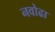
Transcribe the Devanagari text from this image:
नवोढा